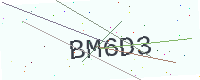
Text: BM6D3